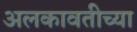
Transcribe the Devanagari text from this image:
अलकावतीच्या